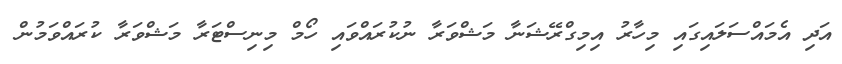
އަދި އެމައްސަލައިގައި މިހާރު އިމިގްރޭޝަނާ މަޝްވަރާ ނުކުރައްވައި ހޯމް މިނިސްޓަރާ މަޝްވަރާ ކުރައްވަމުން